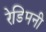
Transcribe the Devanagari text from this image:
रेडिमनी